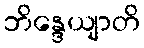
ဘိန္ဒေယျာတိ